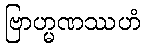
ဗြာဟ္မဏဿဟံ